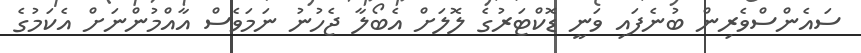
ސައެންސްވެރިން ބުނެފައި ވަނީ ޑޮކްޓަރުގެ ލޮލަށް އެބޯލާ ޖެހުނު ނަމަވެސް އާއްމުންނަށް އެކަމުގެ